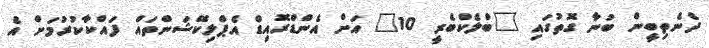
ދެނެތިބީން ބުނާ ގޮތުގައި "ބްލެކްބެރީ 10" އަށް އެންޑްރޮއިޑް އެޕްލިކޭޝަންތައް ފައްކާކުރުމަށް އެ